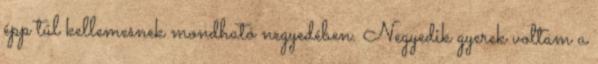
épp túl kellemesnek mondható negyedében. Negyedik gyerek voltam a